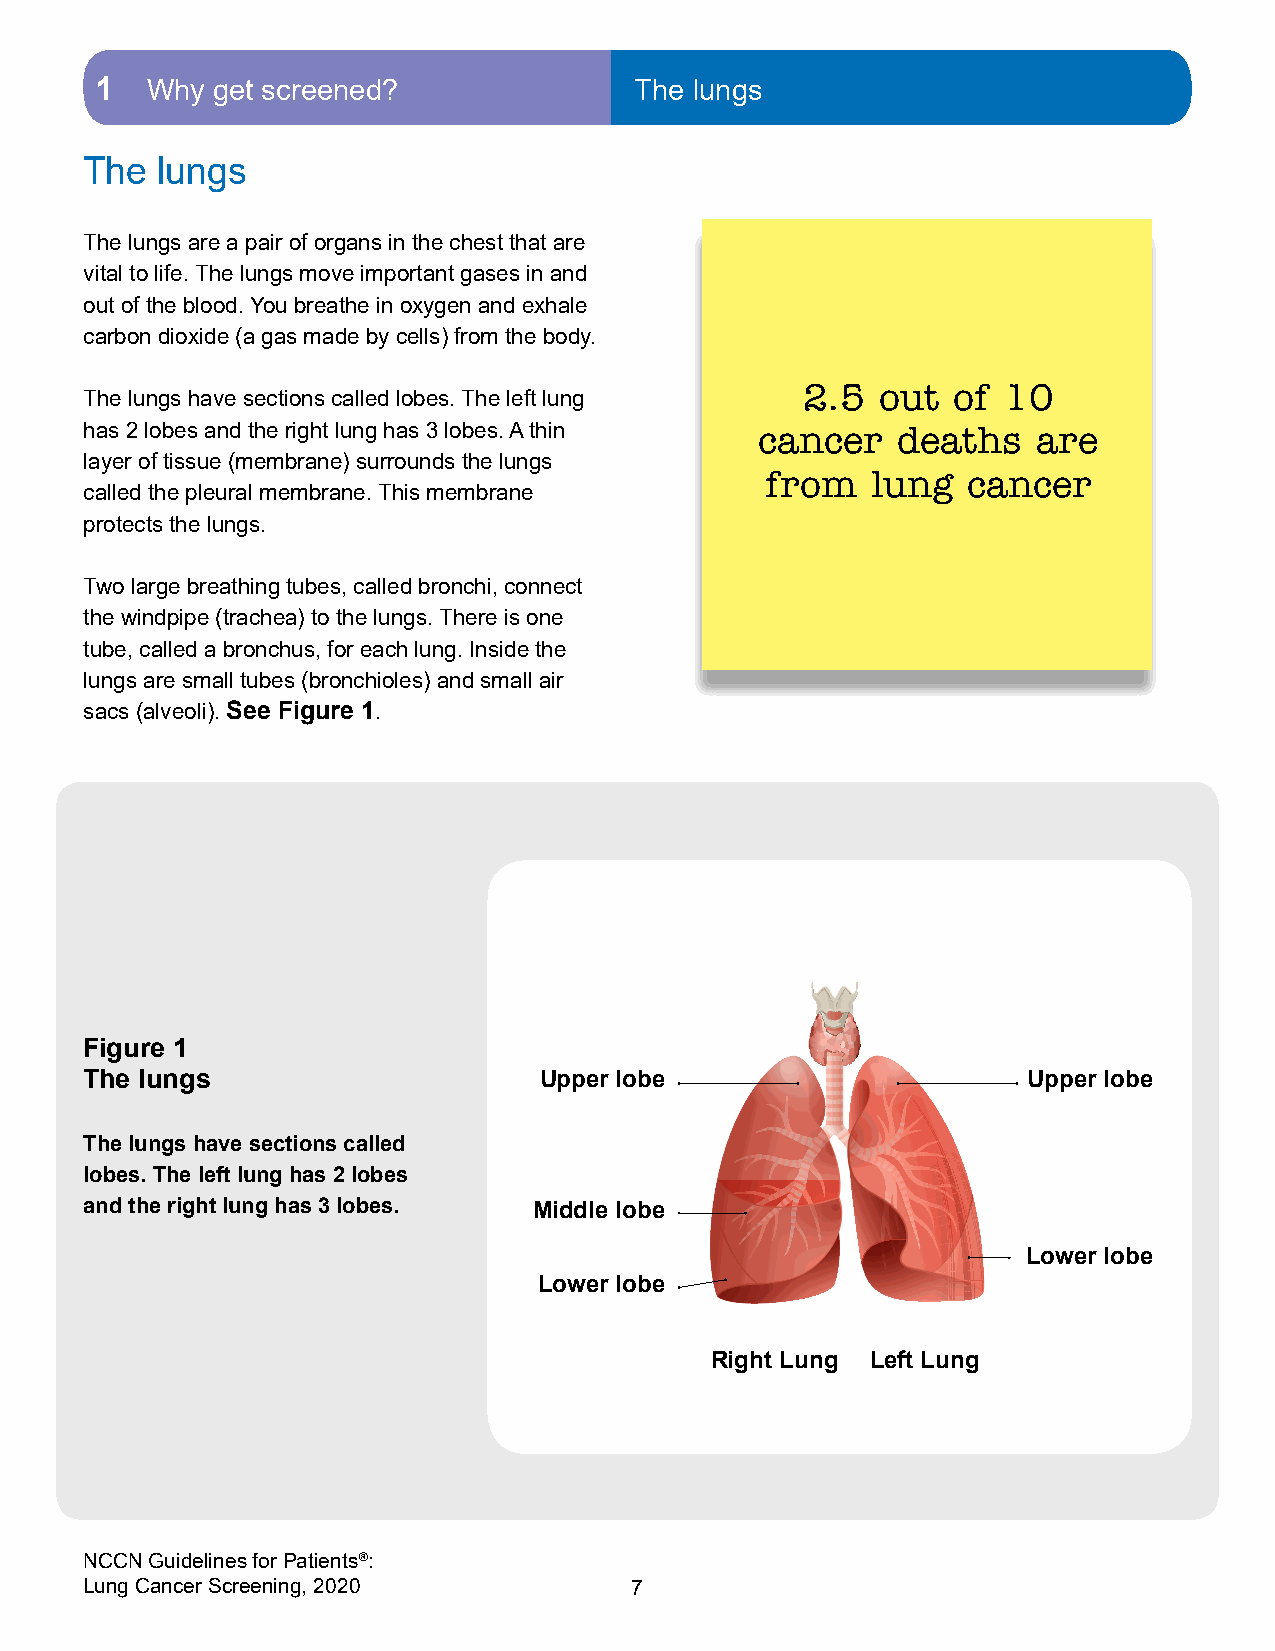
1   Why get screened?               The lungs
 The lungs
 The lungs are a pair of organs in the chest that are
 vital to life. The lungs move important gases in and
 out of the blood. You breathe in oxygen and exhale
 carbon dioxide (a gas made by cells) from the body.
 2.5  out  of 10
 The lungs have sections called lobes. The left lung
 has 2 lobes and the right lung has 3 lobes. A thin cancer deaths are
 layer of tissue (membrane) surrounds the lungs
 from   lung  cancer
 called the pleural membrane. This membrane
 protects the lungs.
 Two large breathing tubes, called bronchi, connect
 the windpipe (trachea) to the lungs. There is one
 tube, called a bronchus, for each lung. Inside the
 lungs are small tubes (bronchioles) and small air
 sacs (alveoli). See Figure 1.
 Figure 1
 The lungs                     Upper lobe                      Upper lobe
 The lungs have sections called
 lobes. The left lung has 2 lobes
 and the right lung has 3 lobes. Middle lobe
 Lower lobe
 Lower lobe
 Right Lung Left Lung
 NCCN Guidelines for Patients®:
 Lung Cancer Screening, 2020         7